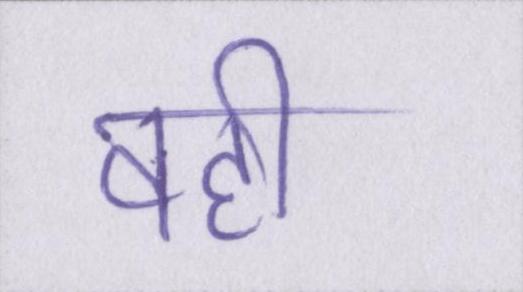
वही